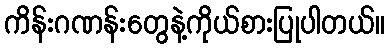
ကိန်းဂဏန်းတွေနဲ့ကိုယ်စားပြုပါတယ်။